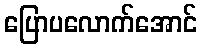
ပြောပလောက်အောင်